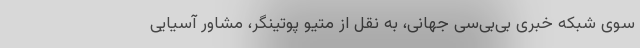
سوی شبکه خبری بی‌بی‌سی جهانی، به نقل از متیو پوتینگر، مشاور آسیایی